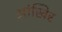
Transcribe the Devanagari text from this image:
आंखिर